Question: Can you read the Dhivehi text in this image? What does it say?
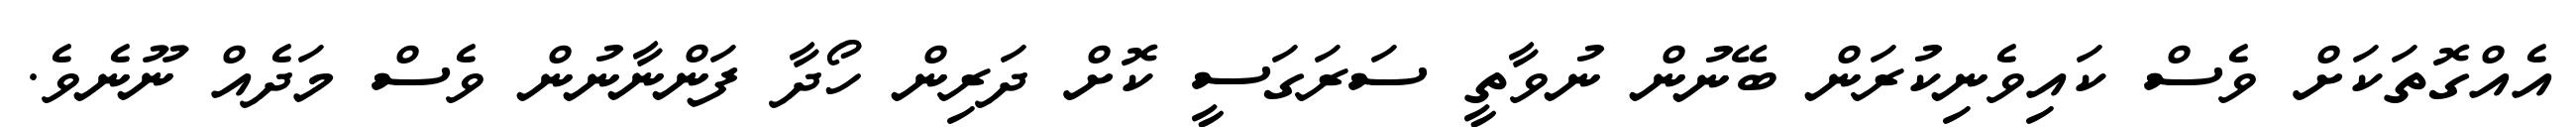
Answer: އެއްގޮތަކަށް ވެސް ކައިވެނިކުރަން ބޭނުން ނުވާތީ ސަރަގަސީ ކޮށް ދަރިން ހޯދާ ފަންނާނުން ވެސް މަދެއް ނޫނެވެ.